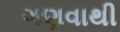
ગણવાથી